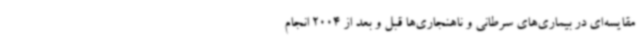
مقایسه‌ای در بیماری‌های سرطانی و ناهنجاری‌ها قبل و بعد از 2004 انجام